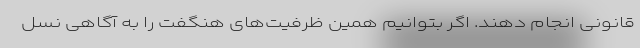
قانونی انجام دهند. اگر بتوانیم همین ظرفیت‌های هنگفت را به آگاهی نسل